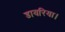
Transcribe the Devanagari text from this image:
डायरिया।